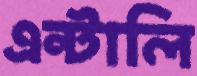
এন্টালি